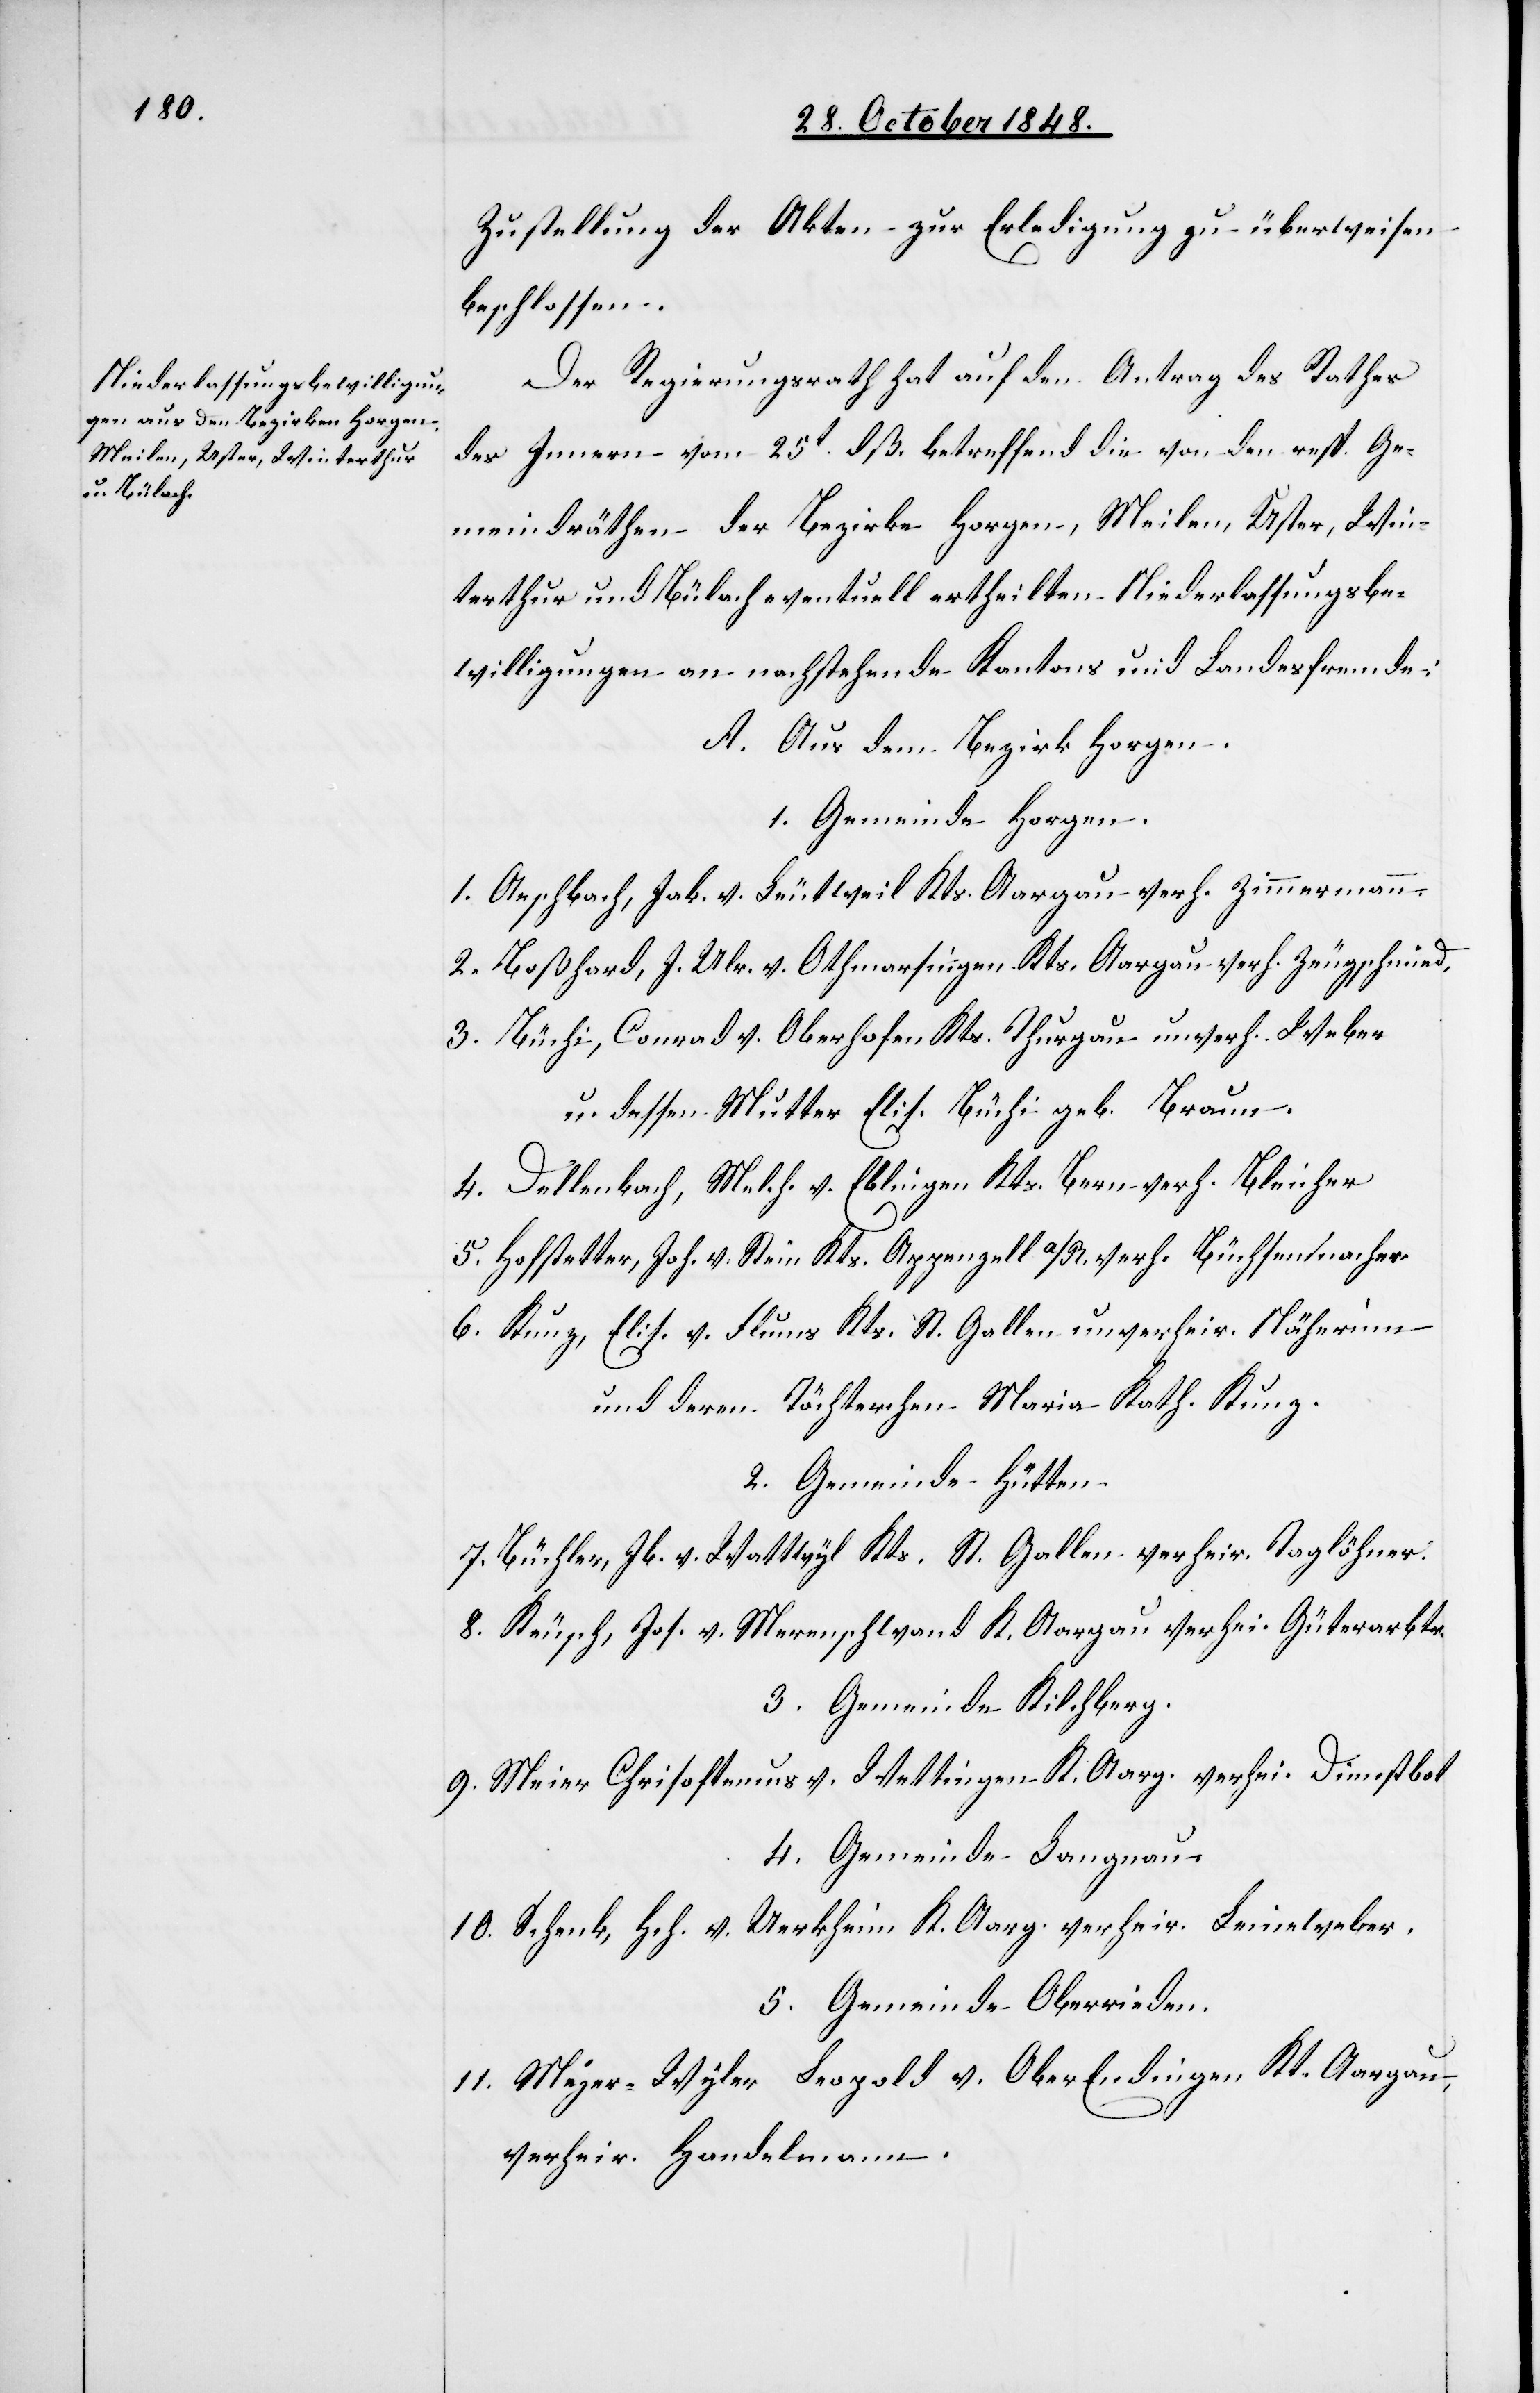
t[e].

Zustellung der Akten zur Erledigung zu überweisen
beschlossen.
Der Regierungsrath hat auf den Antrag des Rathes
des Innern vom 25t dß. betreffend die von den resp. Ge¬
meindräthen der Bezirke Horgen, Meilen, Uster, Win¬
terthur und Bülach eventuell ertheilten Niederlassungsbe¬
willigungen an nachstehende Kantons und Landesfremde;
A. Aus dem Bezirk Horgen.
1. Gemeinde Horgen.
1. Aeschbach, Jak. v. Leutweil Kts. Aargau verh. Zimmermann.
2. Boßhard, J. Ulr. v. Othmarsingen Kts. Aargau verh. Zeugschmied.
3. Büchi, Conrad v. Oberhofen Kts. Thurgau unverh. Weber
u. dessen Mutter Elis. Büchi geb. Braun.
4. Dellenbach, Melch. v. Eblingen Kts. Bern verh. Bleicher
5. Hofstetter, Joh. v. Stein Kts. Appenzell A/R. verh. Büchsenmacher.
6. Kunz, Elis. v. Flums Kts. St. Gallen unverheir. Näherinn
und deren Töchterchen Maria Kath. Kunz.
2. Gemeinde Hütten.
7. Büchler, Jb. v. Wattwyl Kts. St. Gallen verheir. Taglöhner.
8. Keusch, Jos. v. Merenschwand K. Aargau verhei. Güterarbtr.
3. Gemeinde Kilchberg.
9. Meier Chrisoftemus v. Wettingen K. Aarg. verhei. Dienstbo¬
4. Gemeinde Langnau.
10. Schenk, Hch. v. Uerkheim K. Aarg. verheir. Leineweber.
5. Gemeinde Oberrieden.
11. Meyer-Wyler Leopold v. Ober Endingen Kt. Aargau,
verheir. Handelmann.